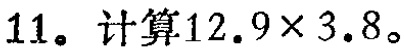
$11。计算12.9\times 3.8。$